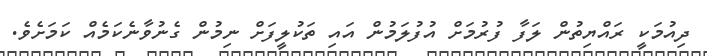
ދިއުމަކީ ރައްޔިތުން ލަފާ ފުރުމަށް އުފުލަމުން އައި ތަކުލީފަށް ނިމުން ގެނުވާނެކަމެއް ކަމަށެވެ.